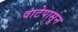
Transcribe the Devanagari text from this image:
वाटेपासून